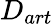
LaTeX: D_{art}